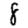
Digit: 8